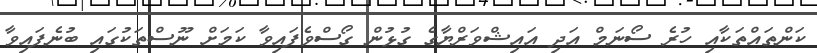
ކަންތައްތަކާއި ހުރެ ސޯނަމް އަދި އައިޝްވަރްޔާގެ ގުޅުން ގޯސްވެފައިވާ ކަމަށް ނޫސްތަކުގައި ބުނެފައިވާ